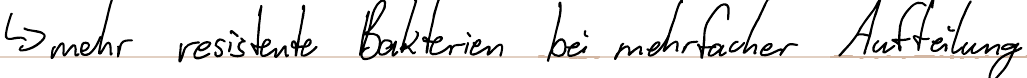
-> mehr resistente Bakterien bei mehrfacher Aufteilung